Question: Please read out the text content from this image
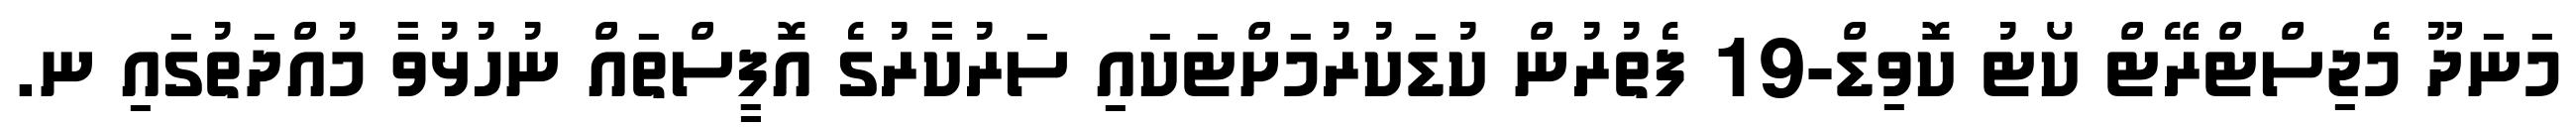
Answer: މަނަދޫ މެޖިސްޓްރޭޓް ކޯޓު ކޮވިޑް-19 ފެތުރުން ކުޑަކުރުމަށްޓަކައި ސަރުކާރުގެ އޮފީސްތައް ނުހުޅުވާ މުއްދަތުގައި ނ.